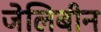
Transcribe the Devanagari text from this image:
जेलिबीन